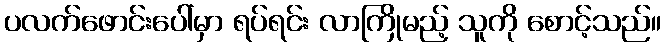
ပလက်ဖောင်းပေါ်မှာ ရပ်ရင်း လာကြိုမည့် သူကို စောင့်သည်။